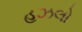
હઝલો